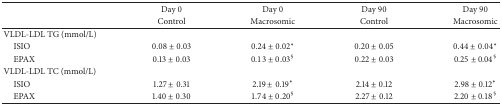
<table><thead><tr><td><b> </b></td><td><b>Day 0</b></td><td><b>Day 0</b></td><td><b>Day 90</b></td><td><b>Day 90</b></td></tr><tr><td><b> </b></td><td><b>Control</b></td><td><b>Macrosomic</b></td><td><b>Control</b></td><td><b>Macrosomic</b></td></tr></thead><tbody><tr><td>VLDL-LDL TG (mmol/L)</td><td> </td><td> </td><td> </td><td> </td></tr><tr><td> ISIO</td><td>0.08 ± 0.03</td><td>0.24 ± 0.02*</td><td>0.20 ± 0.05</td><td>0.44 ± 0.04*</td></tr><tr><td> EPAX</td><td>0.13 ± 0.03</td><td>0.13 ± 0.03<sup>§</sup></td><td>0.22 ± 0.03</td><td>0.25 ± 0.04<sup>§</sup></td></tr><tr><td>VLDL-LDL TC (mmol/L)</td><td> </td><td> </td><td> </td><td> </td></tr><tr><td> ISIO</td><td>1.27 ± 0.31</td><td>2.19 ± 0.19*</td><td>2.14 ± 0.12</td><td>2.98 ± 0.12*</td></tr><tr><td> EPAX</td><td>1.40 ± 0.30</td><td>1.74 ± 0.20<sup>§</sup></td><td>2.27 ± 0.12</td><td>2.20 ± 0.18<sup>§</sup></td></tr></tbody></table>